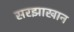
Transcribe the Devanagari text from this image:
सरझाखान